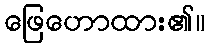
ဖြေဟောထား၏။